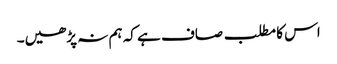
اس کا مطلب صاف ہے کہ ہم نہ پڑھیں۔